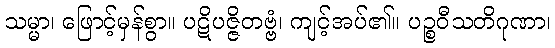
သမ္မာ၊ ဖြောင့်မှန်စွာ။ ပဋိပဇ္ဇိတဗ္ဗံ၊ ကျင့်အပ်၏။ ပဉ္စဝီသတိဂုဏာ၊